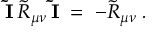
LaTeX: { \mathbf { \tilde { I } } } \, { \tilde { R } } _ { \mu \nu } \, { \mathbf { \tilde { I } } } \; = \; - { \tilde { R } } _ { \mu \nu } \; .